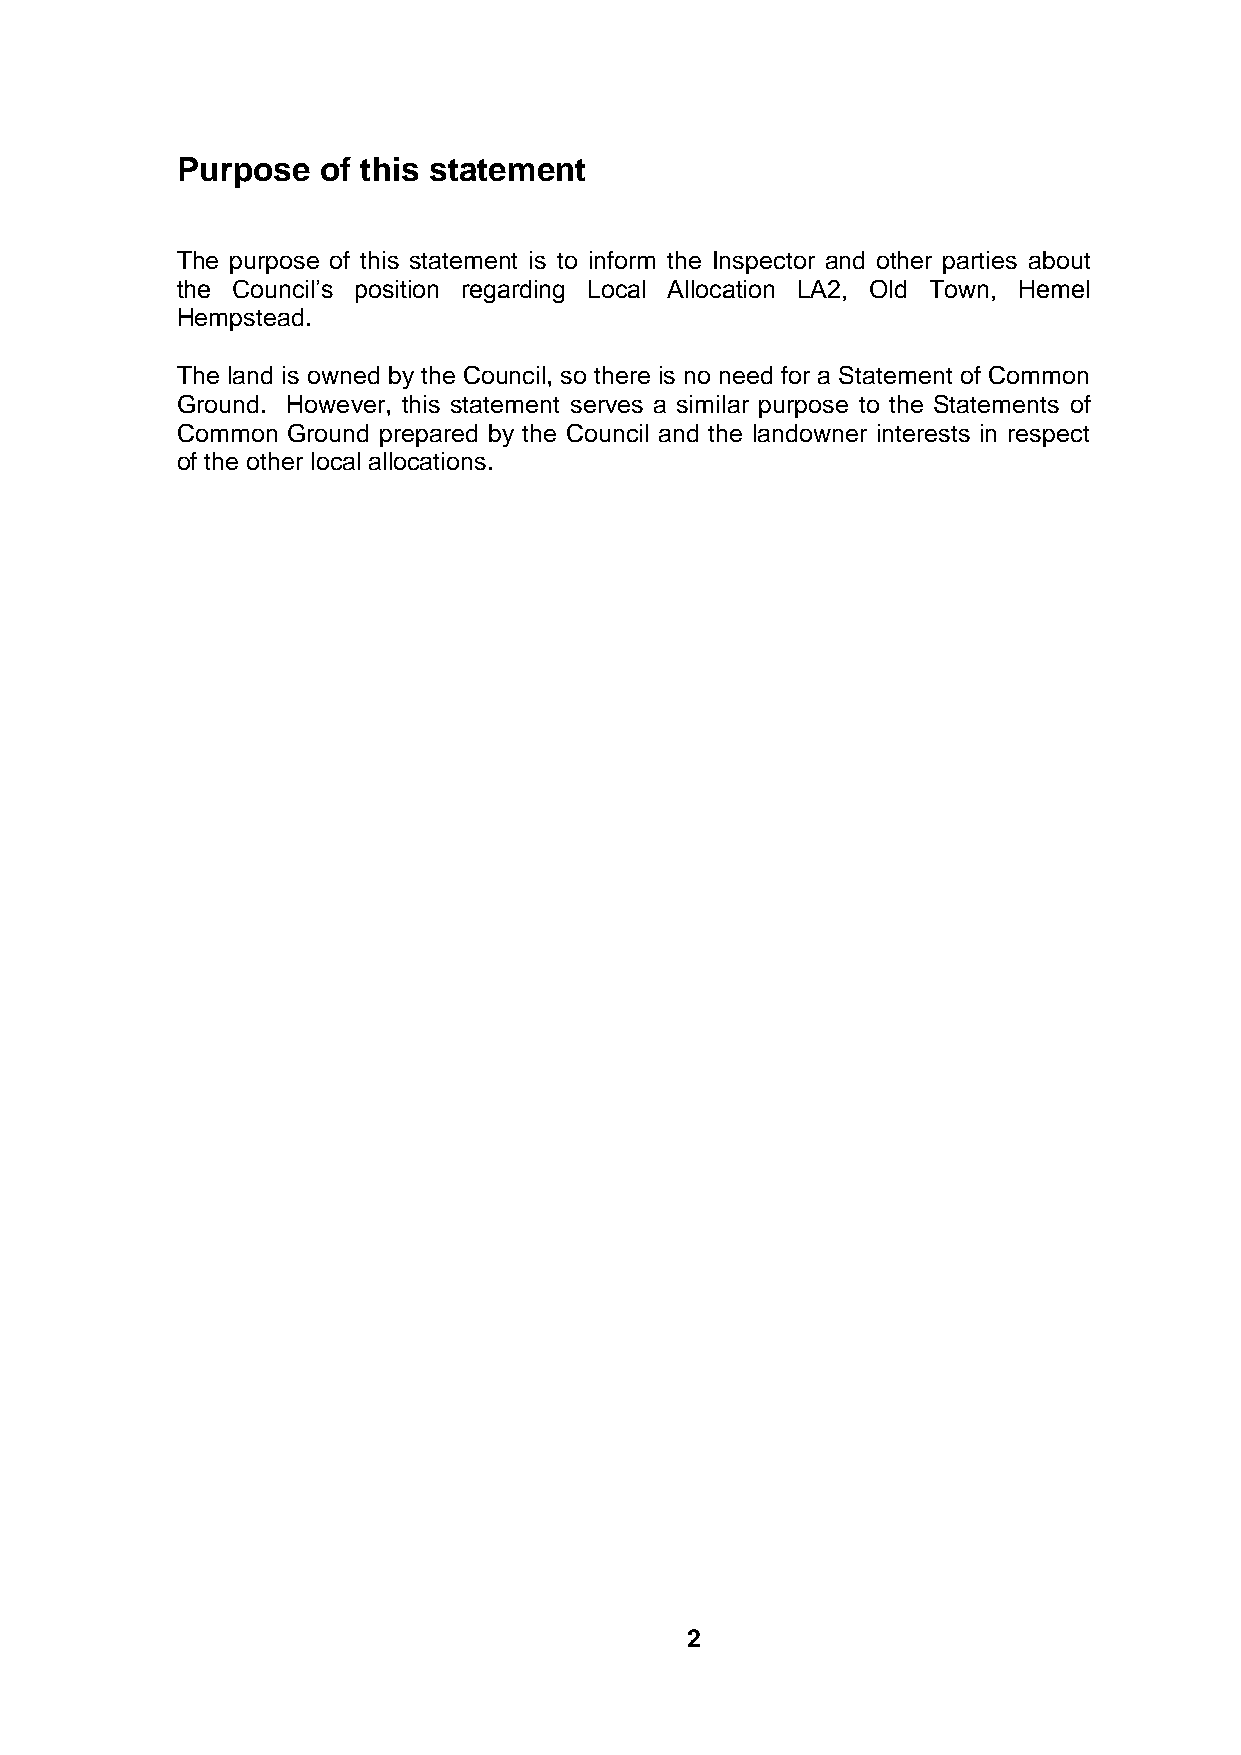
Purpose  of this statement
 The purpose of this statement is to inform the Inspector and other parties about
 the Council’s position regarding Local Allocation LA2, Old Town, Hemel
 Hempstead.
 The land is owned by the Council, so there is no need for a Statement of Common
 Ground. However, this statement serves a similar purpose to the Statements of
 Common Ground prepared by the Council and the landowner interests in respect
 of the other local allocations.
 2